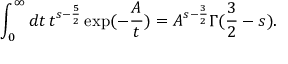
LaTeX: \int _ { 0 } ^ { \infty } d t \, t ^ { s - \frac { 5 } { 2 } } \exp ( - \frac { A } { t } ) = A ^ { s - \frac { 3 } { 2 } } \Gamma ( \frac { 3 } { 2 } - s ) .